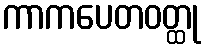
ကာကပေတဝတ္ထု